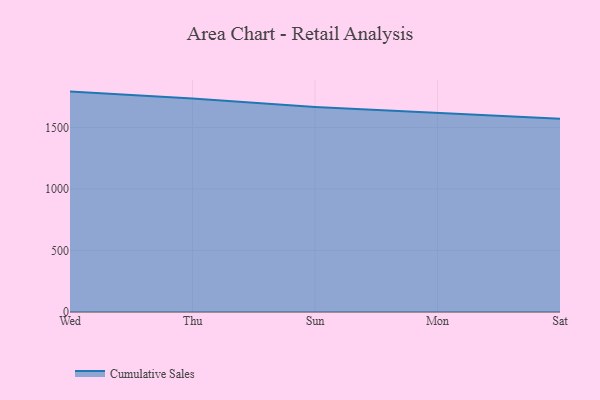
{"axis": {"x": "Day", "y": "Population (Million)"}, "legend": ["Cumulative Sales"], "data": [{"x": "Wed", "y": 1792.1, "type": "Cumulative Sales"}, {"x": "Thu", "y": 1736.0, "type": "Cumulative Sales"}, {"x": "Sun", "y": 1667.7, "type": "Cumulative Sales"}, {"x": "Mon", "y": 1617.5, "type": "Cumulative Sales"}, {"x": "Sat", "y": 1571.8, "type": "Cumulative Sales"}]}